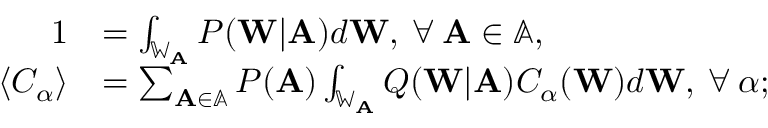
\begin{array} { r l } { 1 } & { = \int _ { \mathbb { W } _ { \mathbf { A } } } P ( \mathbf { W } | \mathbf { A } ) d \mathbf { W } , \: \forall \: \mathbf { A } \in \mathbb { A } , } \\ { \langle C _ { \alpha } \rangle } & { = \sum _ { \mathbf { A } \in \mathbb { A } } P ( \mathbf { A } ) \int _ { \mathbb { W } _ { \mathbf { A } } } Q ( \mathbf { W } | \mathbf { A } ) C _ { \alpha } ( \mathbf { W } ) d \mathbf { W } , \: \forall \: \alpha ; } \end{array}